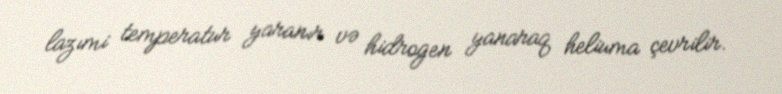
lazımi temperatur yaranır və hidrogen yanaraq heliuma çevrilir.